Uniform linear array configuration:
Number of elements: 8
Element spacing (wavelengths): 1
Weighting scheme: exponential
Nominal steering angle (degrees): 0
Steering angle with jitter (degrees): -0.06364
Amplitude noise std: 0.05
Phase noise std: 0.05

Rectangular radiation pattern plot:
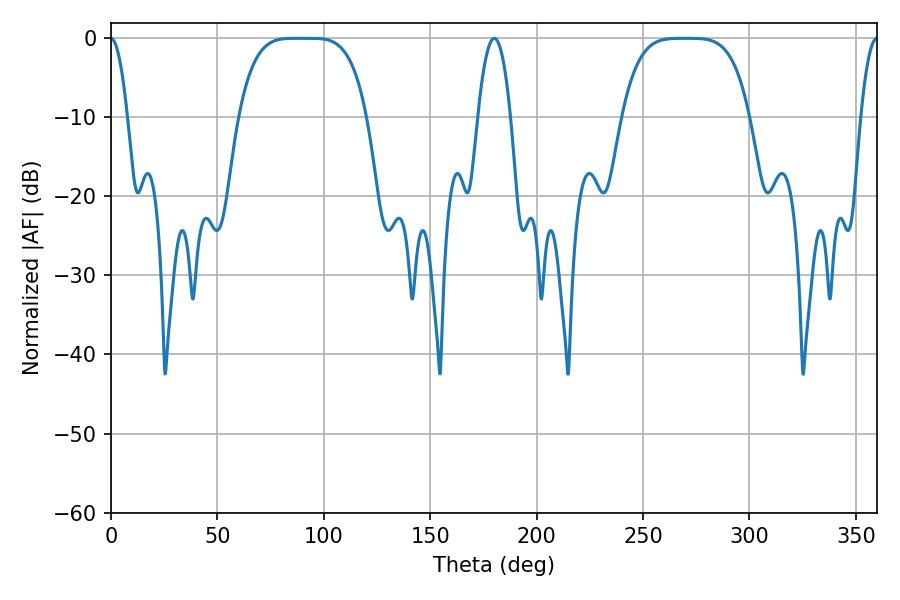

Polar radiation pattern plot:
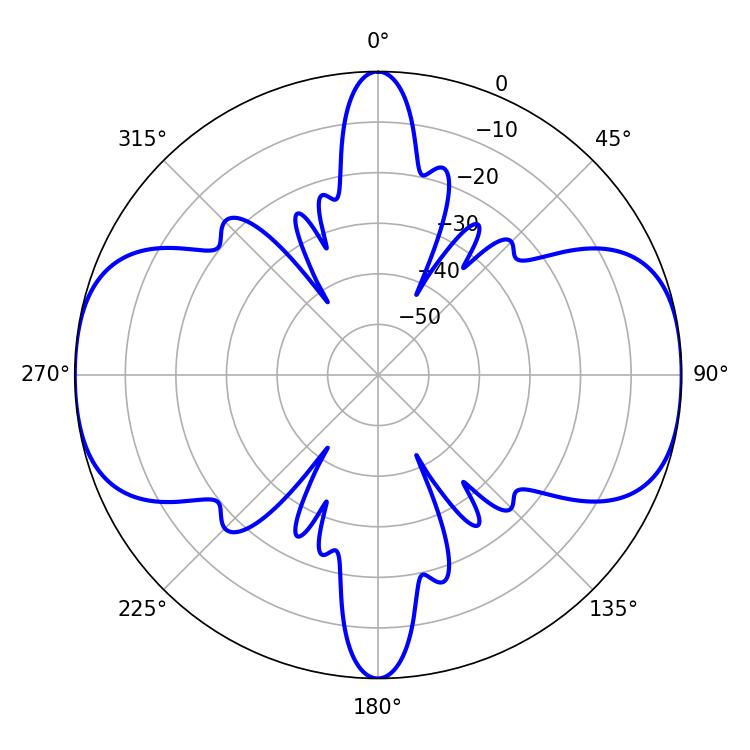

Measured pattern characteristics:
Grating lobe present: TRUE
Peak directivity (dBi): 23.475
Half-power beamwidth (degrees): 45
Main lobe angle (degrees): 86.76